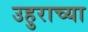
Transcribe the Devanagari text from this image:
उहुराच्या